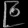
Digit: ၉